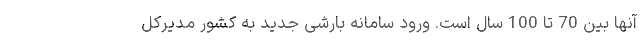
آنها بین 70 تا 100 سال است. ورود سامانه بارشی جدید به کشور مدیرکل